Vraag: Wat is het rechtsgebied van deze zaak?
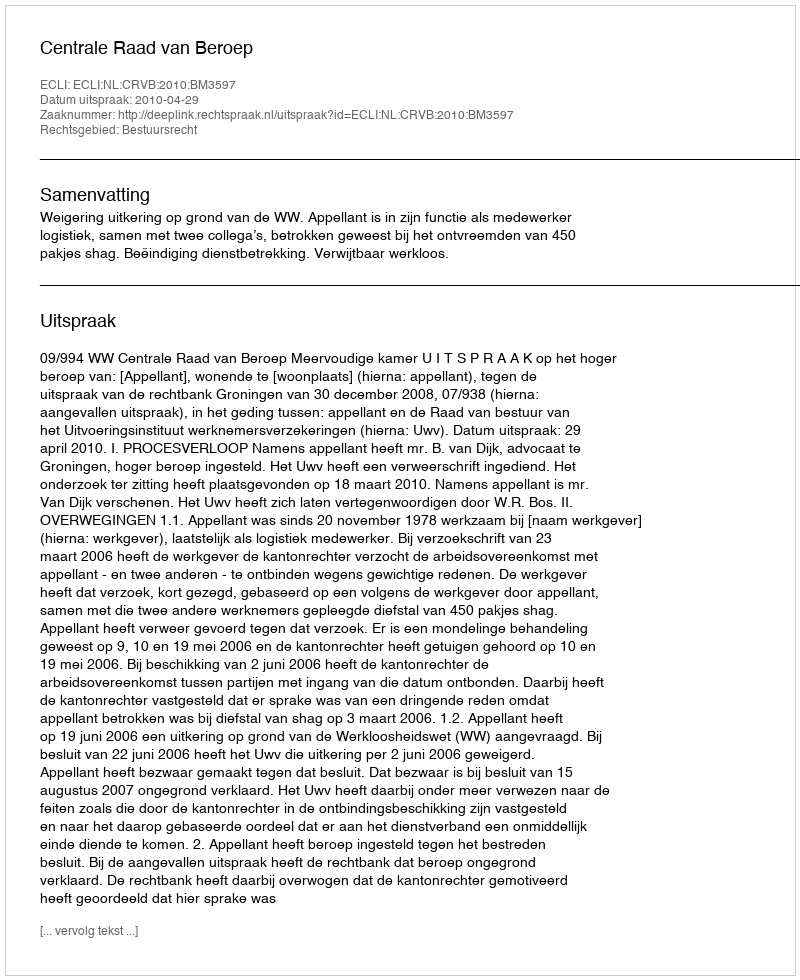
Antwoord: Bestuursrecht